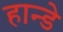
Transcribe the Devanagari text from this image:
हान्डे